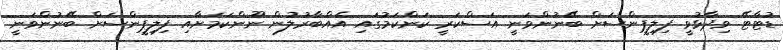
ޑުޓާޓޭ ވިދާޅުވީ ފިލިޕީންސަށް ބޭނުންވަނީ އަސްކަރީ ކަންކަމުގައި އެއްބާރުލުން ނޫންކަމަށާއި ފިލިޕީންސަށް ބޭނުންވަނީ